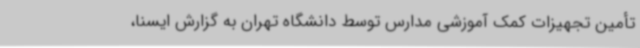
تأمین تجهیزات کمک آموزشی مدارس توسط دانشگاه تهران به گزارش ایسنا،